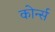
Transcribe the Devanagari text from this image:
कोर्न्स